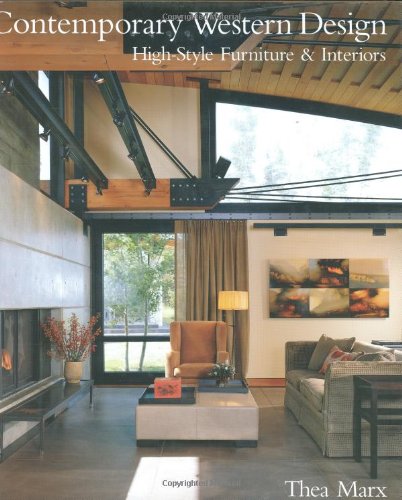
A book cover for Contemporary Western Design; Thea Marx; Crafts, Hobbies & Home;